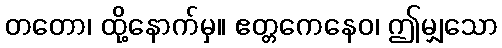
တတော၊ ထို့နောက်မှ။ ဧတ္တကေနေဝ၊ ဤမျှသော